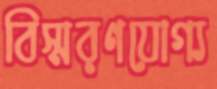
বিস্মরণযোগ্য